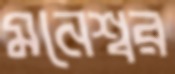
মনেশ্বর